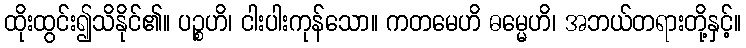
ထိုးထွင်း၍သိနိုင်၏။ ပဉ္စဟိ၊ ငါးပါးကုန်သော။ ကတမေဟိ ဓမ္မေဟိ၊ အဘယ်တရားတို့နှင့်။